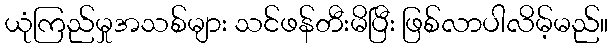
ယုံကြည်မှုအသစ်များ သင်ဖန်တီးမိပြီး ဖြစ်လာပါလိမ့်မည်။